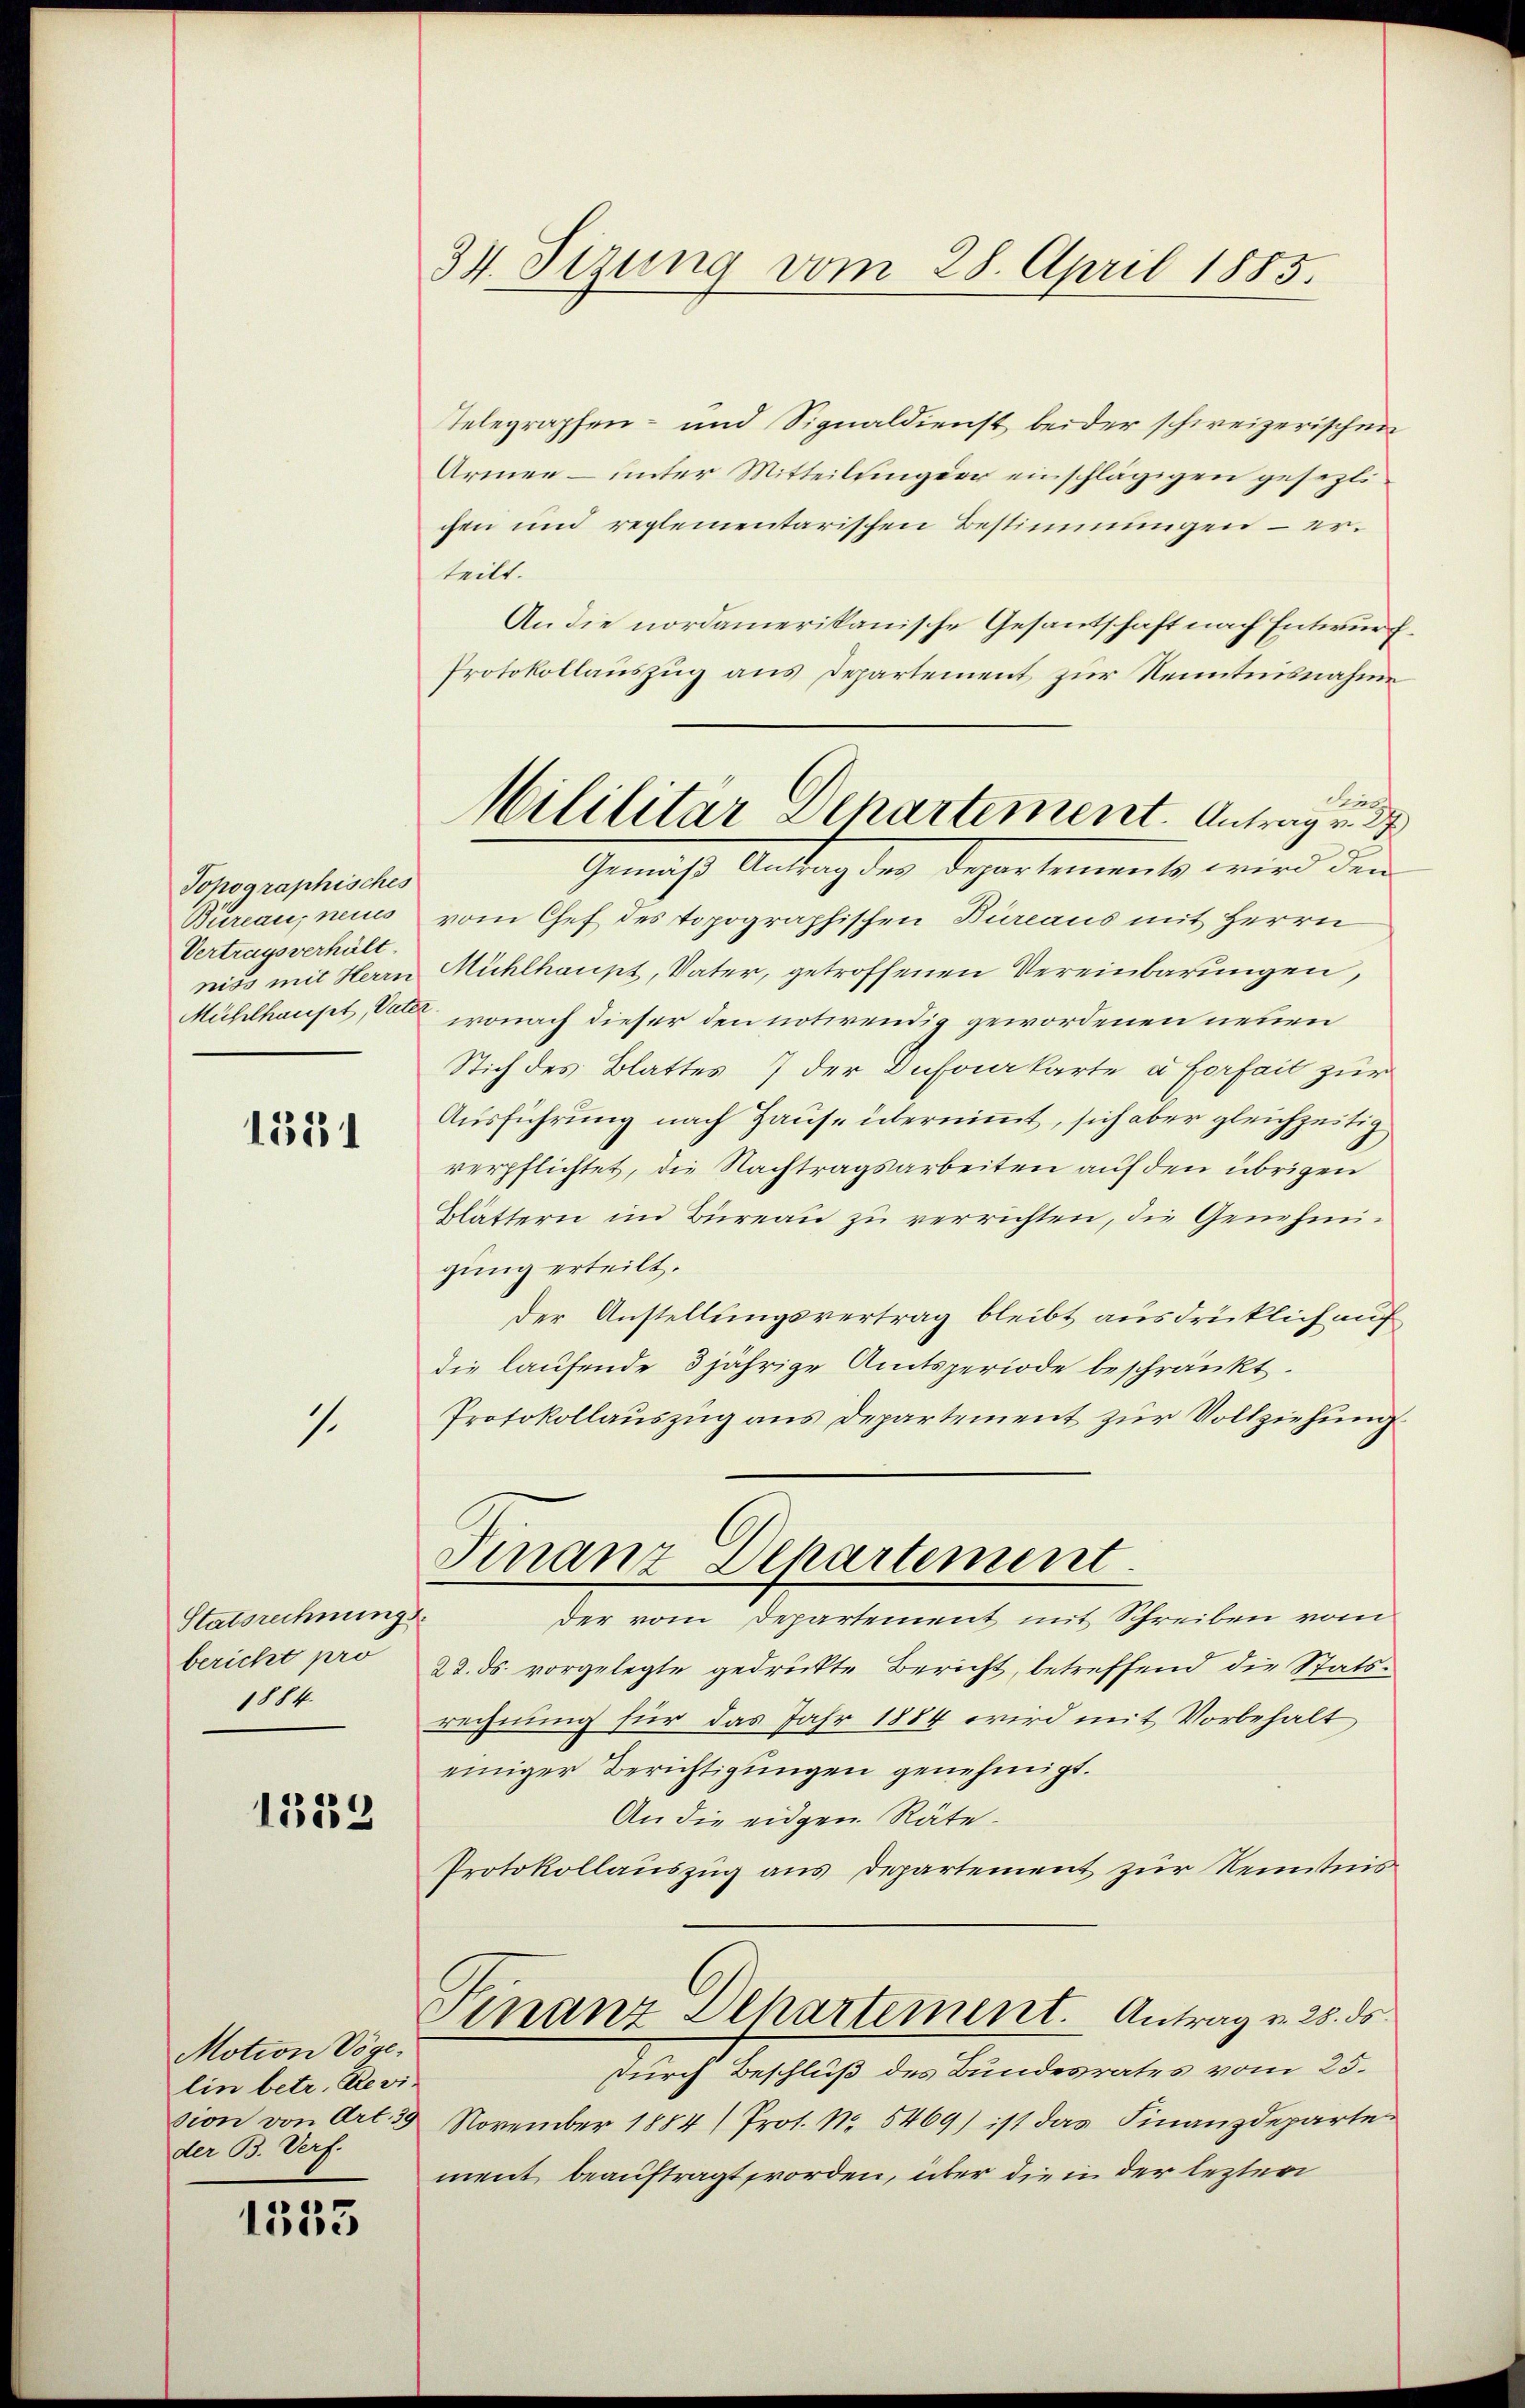
Topographisches
Bureau, neues
Vertragsverhält
niss mit Herrn

1331

1.

Statsrechnung
bericht pro
1884.

1353

Motion Vöge
lin betr. Revision von Art. 39
der B. Verf.

1533

34. Sizung vom 28. April 1885.

Telegraphen- und Signaldienst beider schweizerischen
Armen – unter Mitteilunger einschlägigen gesezt.
chen und reglementarischen Bestimmungen – erteilt.
An die nordamerikanische Gesantschaft nach Entwurf
Protokollauszug aus Departement zur Kenntnisnahme
Sins.
Gemäß Antrag der Departements wird die
vom Chef des topographischen Bureaus mit Herrn
Mühlhaupt, Vater, getroffenen Vereinbarungen,
Mühlhaupt, Vater, wonach dieser den notwendig gewordenen neuen
Stich des Blattes 7 der Dufourkarte a forfait zur
Ausführung nach Hause übernimmt, sich aber gleichzeitig
verpflichtet, die Nachtragsarbeiten auf den übrigen
Blättern im Büreau zu verrichten, die Genehmigung erteilt.
der Anstellungsvertrag bleibt ausdrücklich auf
die laufende 3 jährige Amtsperiode beschränkt.
Protokollauszug aus Departement zur Vollziehung
Finanz Dehartement
Der vom Departement mit Schreiben vom
22. ds. vorgelegte gedrückte Bericht, betreffend die Statsrechnung für das Jahr 1884 wird mit Vorbehalt
einiger Berichtigungen genehmigt.
An die eidgen. Räte¬
Protokollauszug aus Departement zur Kenntnis
Finanz-Departement. Antrag v. 25. ds.
durch Beschluß des Bundesrates vom 25.
November 1884/ Prot. Nr. 5469) ist das Finanzdeparte
ment beauftragt worden, über die in der lezten

Mililitar Departement. Antrag v. 2.